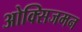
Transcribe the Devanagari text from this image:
ओक्सिजमन